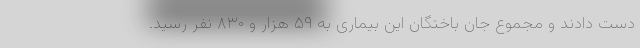
دست دادند و مجموع جان باختگان این بیماری به ۵۹ هزار و ۸۳۰ نفر رسید.